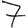
Digit: 7